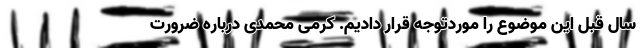
سال قبل این موضوع را موردتوجه قرار دادیم. کرمی محمدی درباره ضرورت